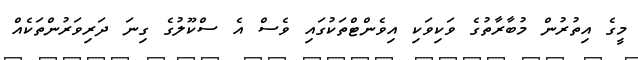
މީގެ އިތުރުން މުބާރާތުގެ ވަކިވަކި އިވެންޓްތަކުގައި ވެސް އެ ސްކޫލުގެ ގިނަ ދަރިވަރުންތަކެއް